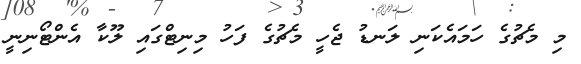
މި މެޗުގެ ހަމައެކަނި ލަނޑު ޖެހީ މެޗުގެ ފަހު މިނިޓްގައި ލޫކާ އެންޓޯނިނީ